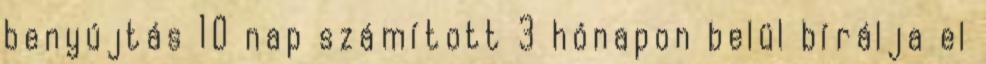
benyújtás 10 nap számított 3 hónapon belül bírálja el